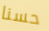
حسنا